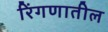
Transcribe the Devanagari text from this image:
रिंगणातील